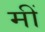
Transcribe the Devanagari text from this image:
मीं